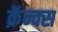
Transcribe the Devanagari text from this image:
क्रॅन्क्स